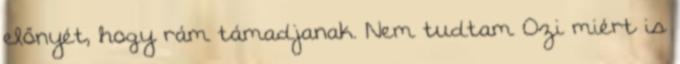
előnyét, hogy rám támadjanak. Nem tudtam Ozi miért is